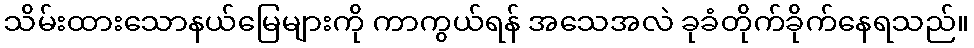
သိမ်းထားသောနယ်မြေများကို ကာကွယ်ရန် အသေအလဲ ခုခံတိုက်ခိုက်နေရသည်။